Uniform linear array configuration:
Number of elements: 48
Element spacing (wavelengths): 0.5
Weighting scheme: kaiser
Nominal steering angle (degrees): -60
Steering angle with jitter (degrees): -58.904
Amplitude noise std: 0.05
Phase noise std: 0.05

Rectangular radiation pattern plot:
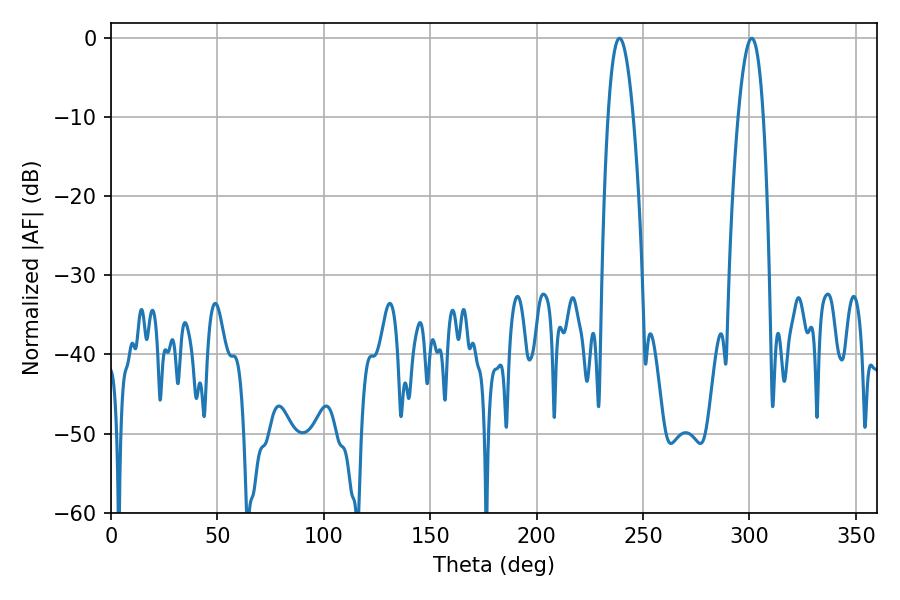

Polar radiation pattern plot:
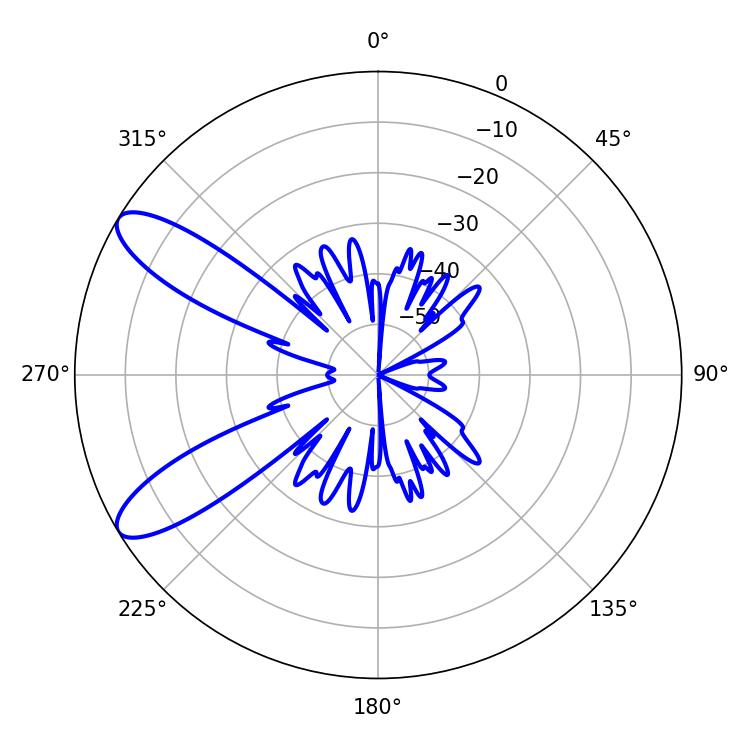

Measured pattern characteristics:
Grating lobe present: FALSE
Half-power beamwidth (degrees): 6.48
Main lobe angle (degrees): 301.14